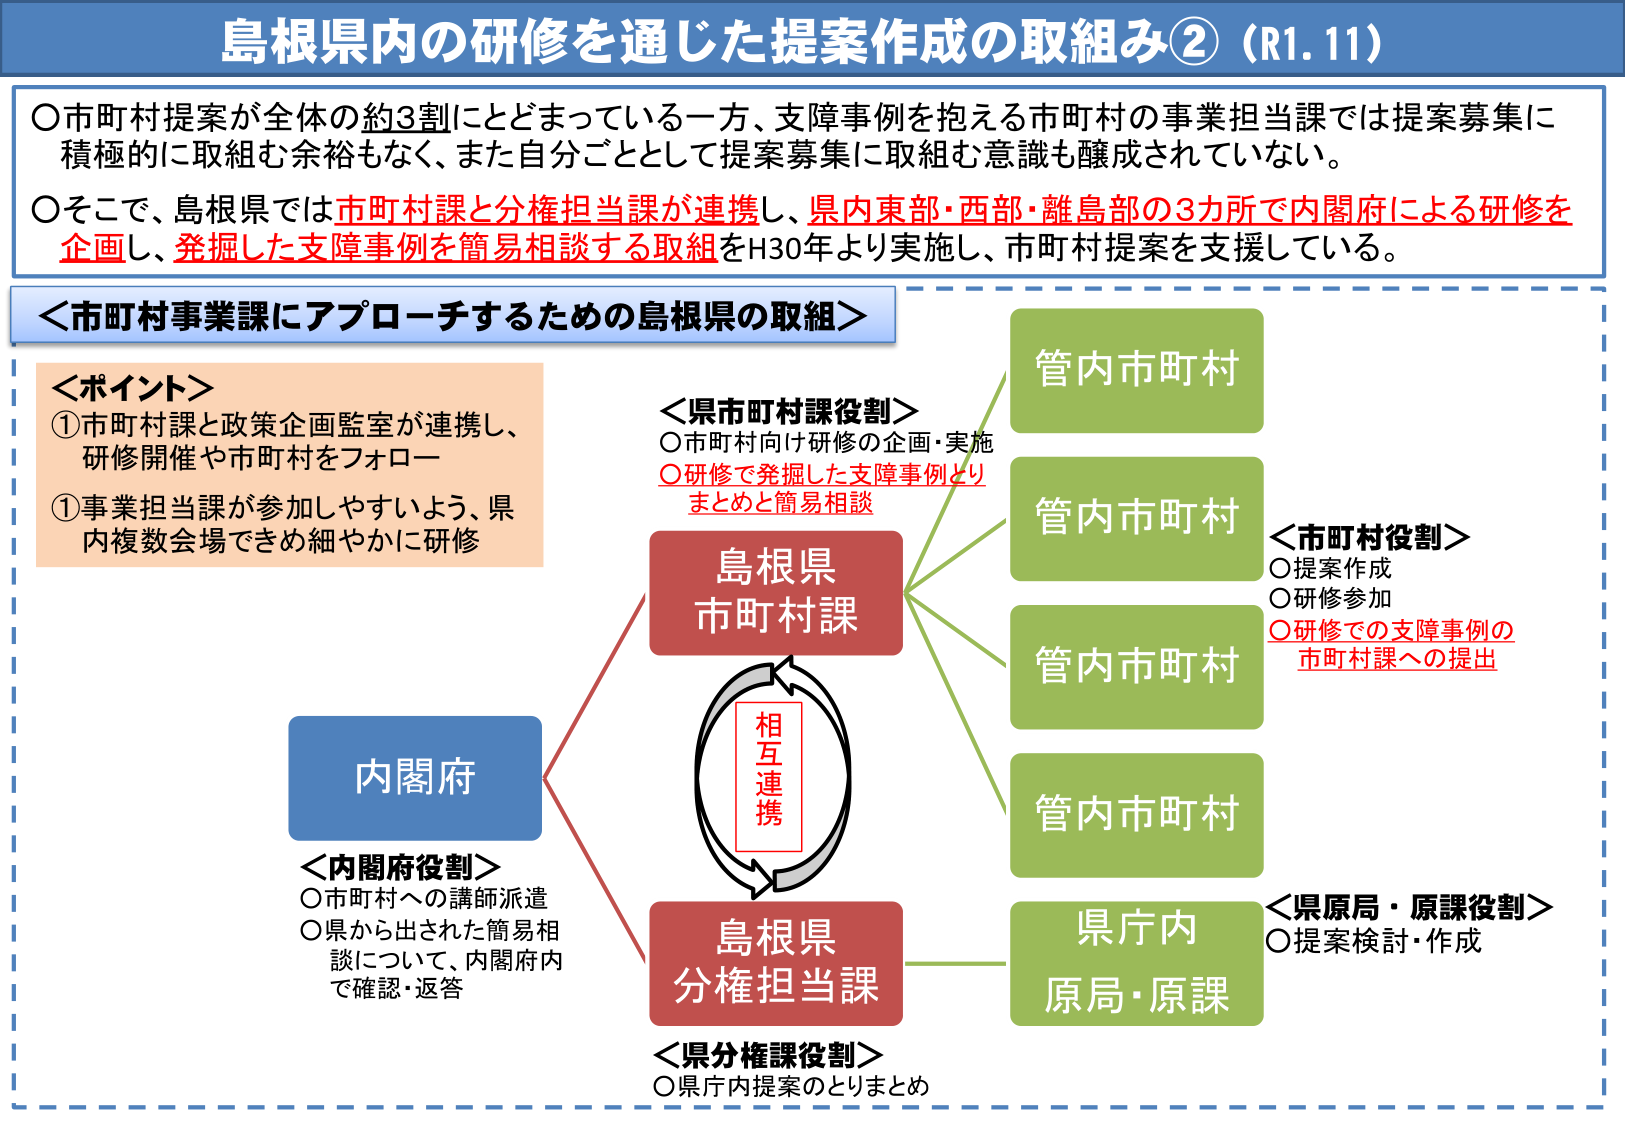
島根県内の研修を通じた提案作成の取組み②（R1.11）

〇市町村提案が全体の約3割にとどまっている一方、支障事例を抱える市町村の事業担当課では提案募集に積極的に取組む余裕もなく、また自分ごととして提案募集に取組む意識も醸成されていない。

〇そこで、島根県では市町村課と分権担当課が連携し、県内東部・西部・離島部の3カ所で内閣府による研修を企画し、発掘した支障事例を簡易相談する取組をH30年より実施し、市町村提案を支援している。

＜市町村事業課にアプローチするための島根県の取組＞

＜ポイント＞
①市町村課と政策企画監室が連携し、研修開催や市町村をフォロー
①事業担当課が参加しやすいよう、県内複数会場できめ細やかに研修

＜県市町村課役割＞
〇市町村向け研修の企画・実施
〇研修で発掘した支障事例とりまとめと簡易相談

＜内閣府役割＞
〇市町村への講師派遣
〇県から出された簡易相談について、内閣府内で確認・返答

＜市町村役割＞
〇提案作成
〇研修参加
〇研修での支障事例の市町村課への提出

＜県原局・原課役割＞
〇提案検討・作成

＜県分権課役割＞
〇県庁内提案のとりまとめ

内閣府

島根県
市町村課

島根県
分権担当課

相互連携

管内市町村
管内市町村
管内市町村
管内市町村
県庁内
原局・原課